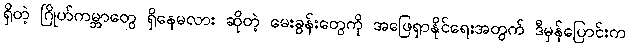
ရှိတဲ့ ဂြိုဟ်ကမ္ဘာတွေ ရှိနေမလား ဆိုတဲ့ မေးခွန်းတွေကို အဖြေရှာနိုင်ရေးအတွက် ဒီမှန်ပြောင်းက